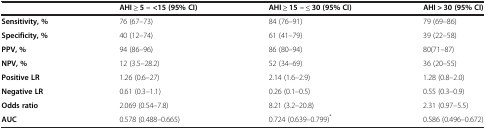
|  | AHI ≥ 5 – <15 (95% CI) | AHI ≥ 15 – ≤ 30 (95% CI) | AHI > 30 (95% CI) |
 | --- | --- | --- | --- |
 | Sensitivity, % | 76 (67–73) | 84 (76–91) | 79 (69–86) |
 | Specificity, % | 40 (12–74) | 61 (41–79) | 39 (22–58) |
 | PPV, % | 94 (86–96) | 86 (80–94) | 80(71–87) |
 | NPV, % | 12 (3.5–28.2) | 52 (34–69) | 36 (20–55) |
 | Positive LR | 1.26 (0.6–27) | 2.14 (1.6–2.9) | 1.28 (0.8–2.0) |
 | Negative LR | 0.61 (0.3–1.1) | 0.26 (0.1–0.5) | 0.55 (0.3–0.9) |
 | Odds ratio | 2.069 (0.54–7.8) | 8.21 (3.2–20.8) | 2.31 (0.97–5.5) |
 | AUC | 0.578 (0.488–0.665) | 0.724 (0.639–0.799)* | 0.586 (0.496–0.672) |